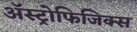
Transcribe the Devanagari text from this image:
अॅस्ट्रोफिजिक्स